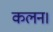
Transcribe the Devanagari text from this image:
कलन।